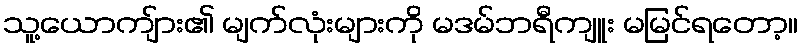
သူ့ယောကျ်ား၏ မျက်လုံးများကို မဒမ်ဘရီကျူး မမြင်ရတော့။